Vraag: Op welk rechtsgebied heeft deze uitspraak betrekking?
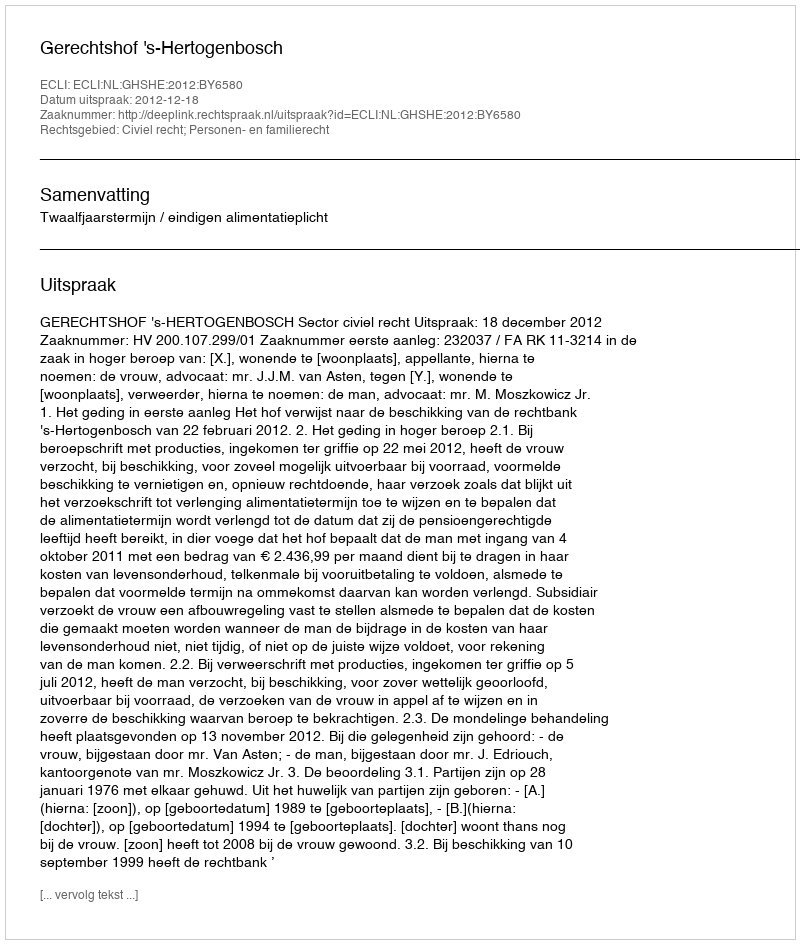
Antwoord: Civiel recht; Personen- en familierecht